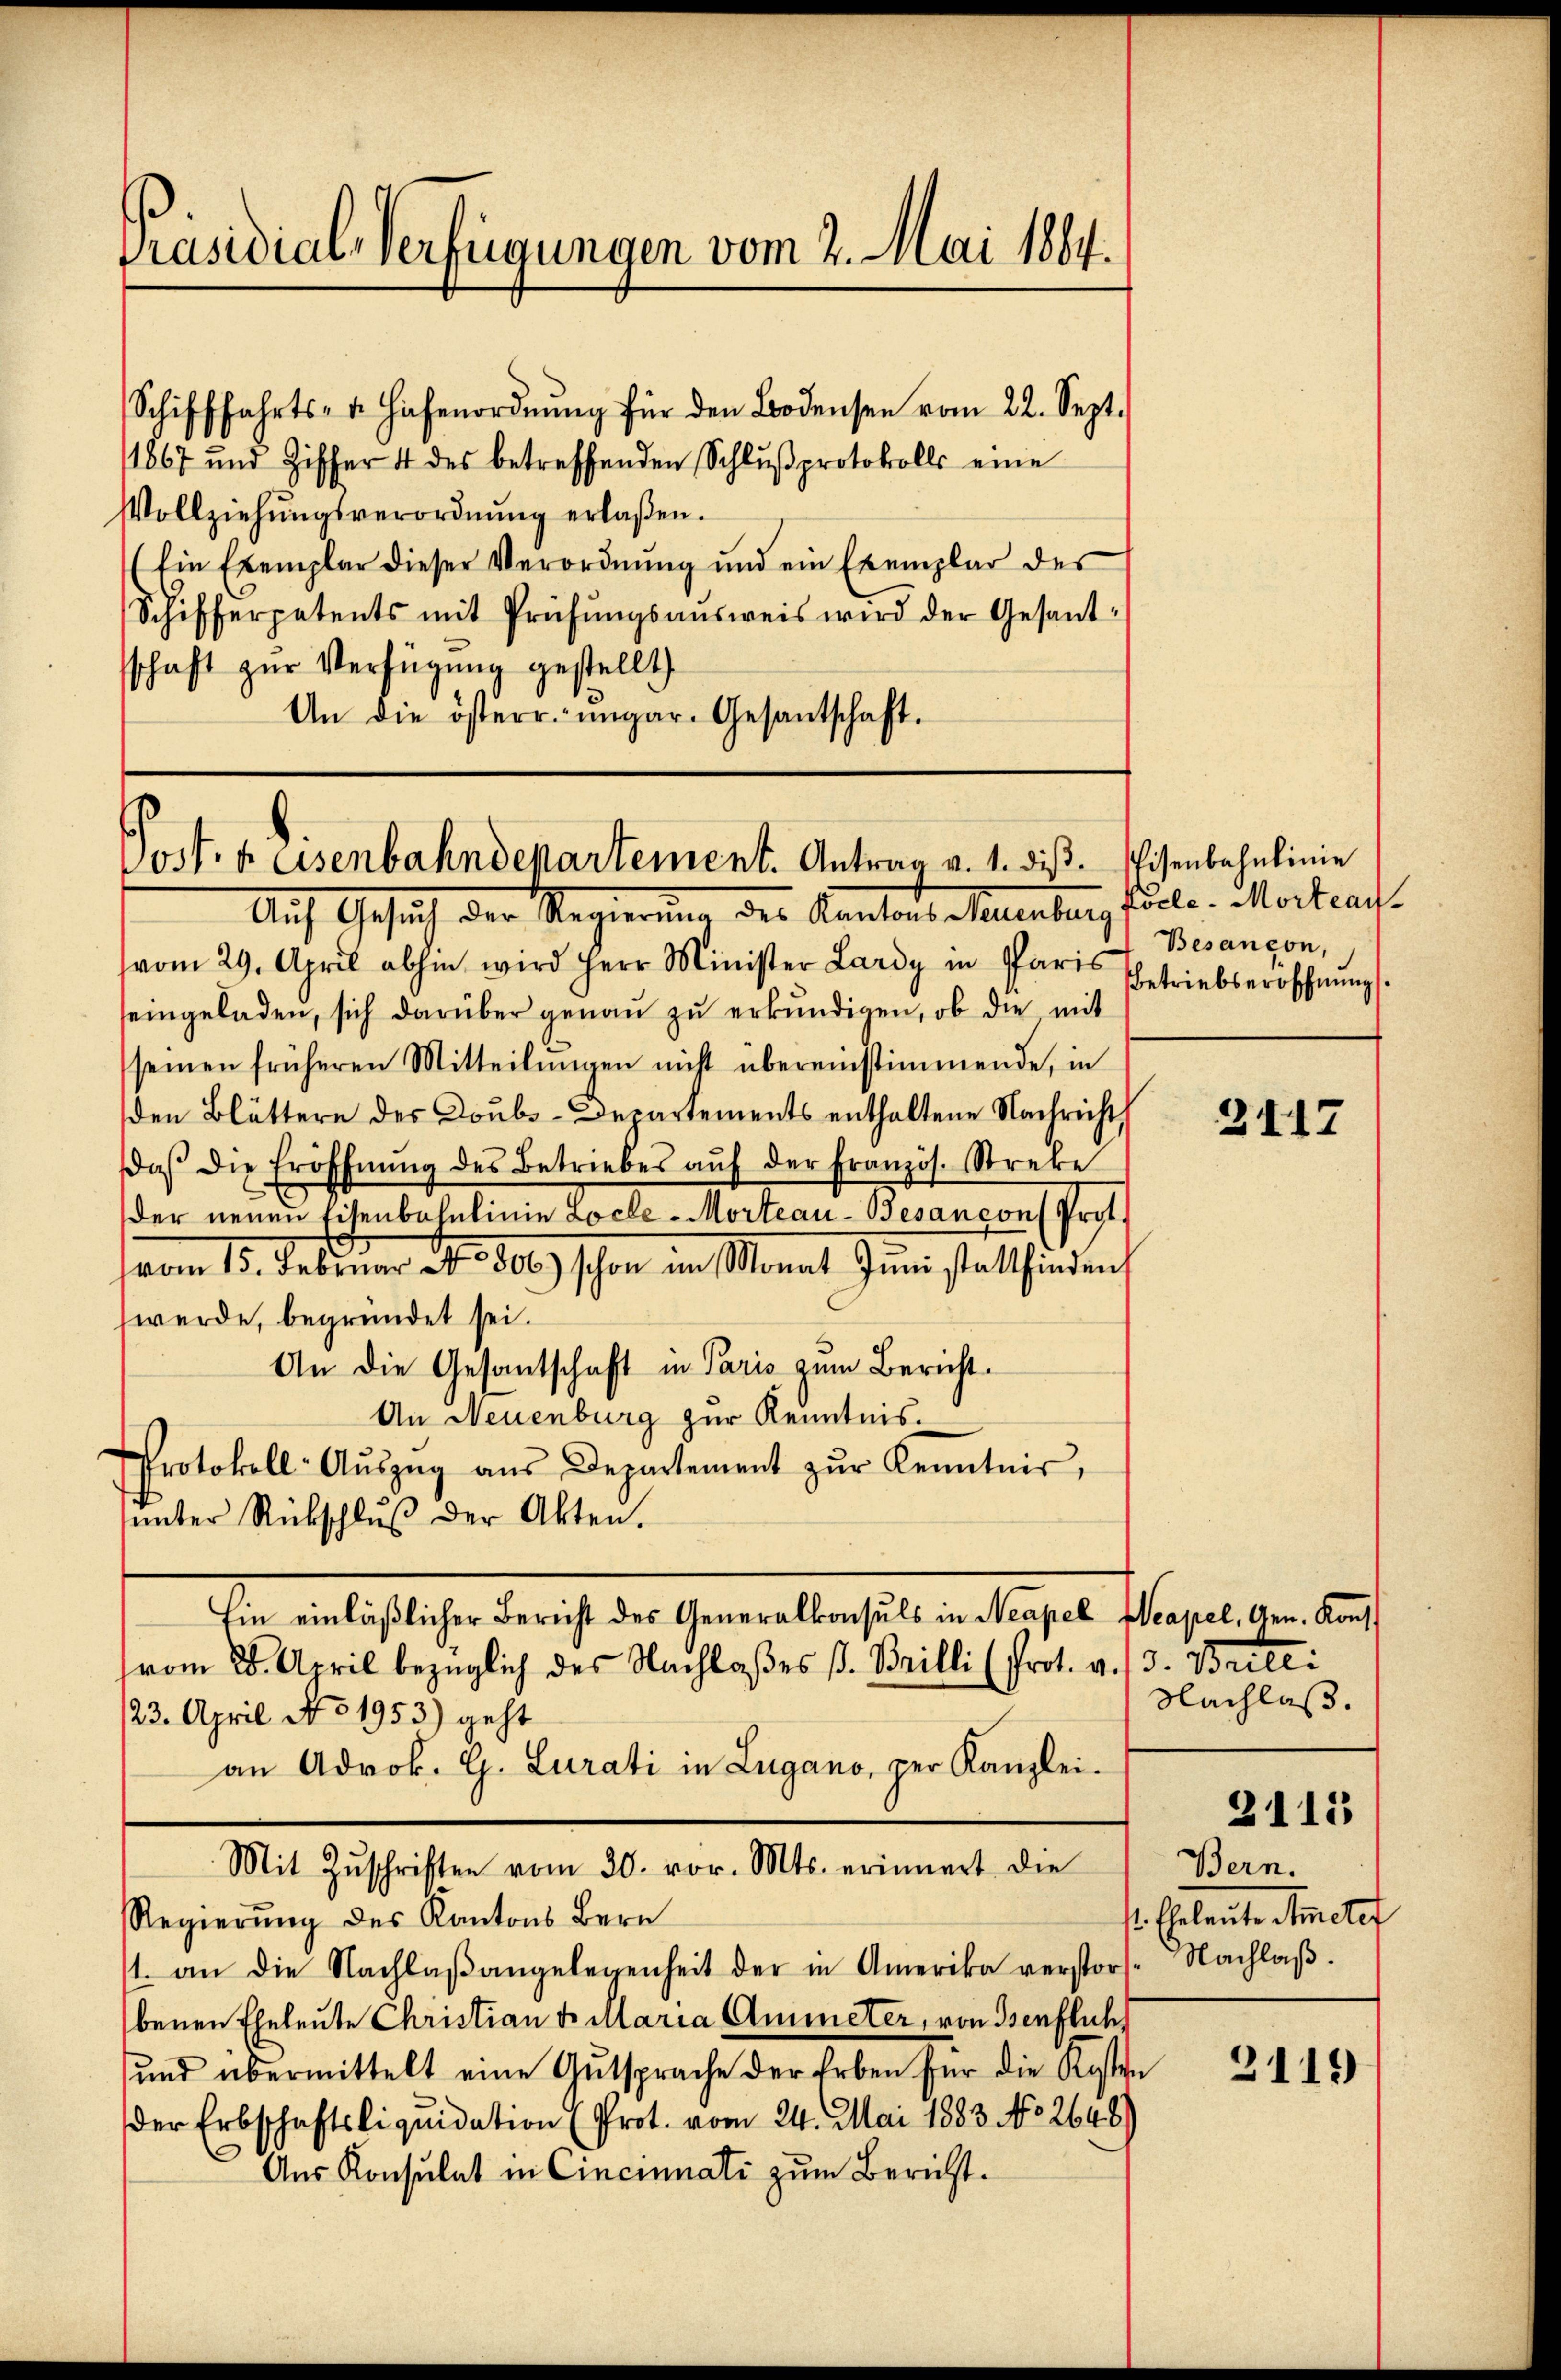
Präsidial-Verfügungen vom 2. Mai 1864.

Schifffahrts- u. Hafenordnŭng für den Bodensee vom 22. Sept.
1867 und Ziffer 4 des betreffenden Schlŭβprotokolls eine
Vollziehŭngsverordnŭng erlaßen.
Ein Exemplar dieser Verordnung und ein Exemplar des
Schifferpatents mit Prüfŭngsausweis wird der Gesandschaft zur Verfügung gestellt
An die österr. ungar. Gesantschaft.

Post 4 Eisenbahndepartement. Antrag v. 1. diß.
Auf Gesuch der Regierung des Kantons Sanenberg

vom 29. April abhin wird Herr Minister Lardy in Paris Betriebserrfchnŭngs-
seingeladen, sich darüber genau zu erkundigen, ob die mit
seinen früheren Mitteilŭngen nicht übereinstimmende, in
den Blättern des Loubs-Departements enthaltene Nachricht
daβ die Eröffnŭng des Betriebes aŭf der Französ. Streke
der neuen Eisenbahnlinie Locle-Morteau-Besançon Prof.
vom 15. Februar d. 10) schon in Monat Juni stattfinden
werde, begründet sei.
An die Gesantschaft in Paris zum Bericht.
An Neuenburg zur Kenntnis.
Protokoll-Aŭszŭg aŭs Departement zŭr Kenntnis,
sinter Rückschlŭβ der Akten.
Ein einläßlicher Bericht des Generalkonsuls in Neapel Neapel, Gen. Kons
vom 28. April bezüglich des Nachlaßes s. Brilli (Prot. v. 3. Brile:
123. April No 1953) geht
an Adrok. G. Lurati in Lugano, per Kanzlei-
Mit Zŭschriften vom 20. vor. Mts. erinnert die
Regierŭng des Kantons Bern
1. an die Nachlaßangelegenheit der in Amerika verstors- Nachlaβ.
benen Eheleute Christian t Maria Ammeter, von Genflich
und übermittelt eine Gutsprache der Erben für die Kosten
der Erbschaftsliquidation (Prot. vom 24. Mai 1883. No 2648)
Aus Konsulat in Cincinnati zum Bericht.

Eisenbahnlinie
Pöcle-Mortrau
Besançon,

3417

Nachlaß.
2115
Bern.
st. Eheleute Acte

2119